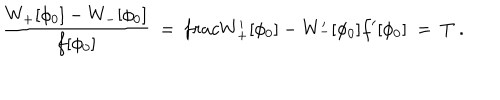
\frac { W _ { + } [ \phi _ { 0 } ] - W _ { - } [ \phi _ { 0 } ] } { f [ \phi _ { 0 } ] } \ = \, \frac { W _ { + } ^ { \prime } [ \phi _ { 0 } ] - W _ { - } ^ { \prime } [ \phi _ { 0 } ] } { f ^ { \prime } [ \phi _ { 0 } ] } \ = \ T \ .